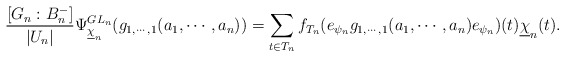
\begin{align*} \frac{[G_n:B_{n}^{-}]}{|U_n|} \Psi_{\underline{\chi}_{n}}^{GL_{n}}(g_{1,\cdots, 1}(a_1,\cdots,a_n))=\sum_{t\in T_n}f_{T_n}(e_{\psi_n}g_{1,\cdots, 1}(a_1,\cdots,a_n)e_{\psi_n})(t)\underline{\chi}_n(t).\end{align*}